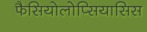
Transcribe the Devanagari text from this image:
फैसियोलोप्सियासिस